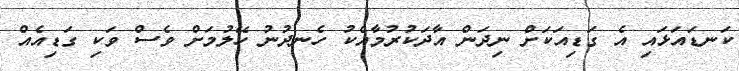
ކަނޑައަޅައި އެ ގަޑިއަކަށް ނިދަން އާދަކުރުމާއެކު ހެނދުނު ހޭލުމަށް ވެސް ވަކި ގަޑިއެއް